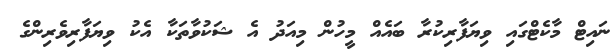
ނައިޓް މާކެޓްގައި ވިޔަފާރިކުރާ ބައެއް މީހުން މިއަދު އެ ޝަކުވާތަކާ އެކު ވިޔަފާރިވެރިންގެ